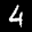
Label: 4